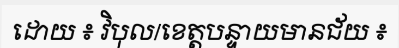
ដោយ ៖ វិបុល/ខេត្តបន្ទាយមានជ័យ ៖